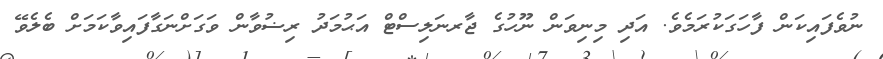
ނުވެފައިކަން ފާހަގަކުރަމެވެ. އަދި މިނިވަން ނޫހުގެ ޖާރނަލިސްޓް އަޙުމަދު ރިޟުވާން ވަގަށްނަގާފައިވާކަމަށް ބެލެވޭ